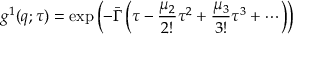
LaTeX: \ g ^ { 1 } ( q ; \tau ) = \exp \left( - { \bar { \Gamma } } \left( \tau - { \frac { \mu _ { 2 } } { 2 ! } } \tau ^ { 2 } + { \frac { \mu _ { 3 } } { 3 ! } } \tau ^ { 3 } + \cdots \right) \right)